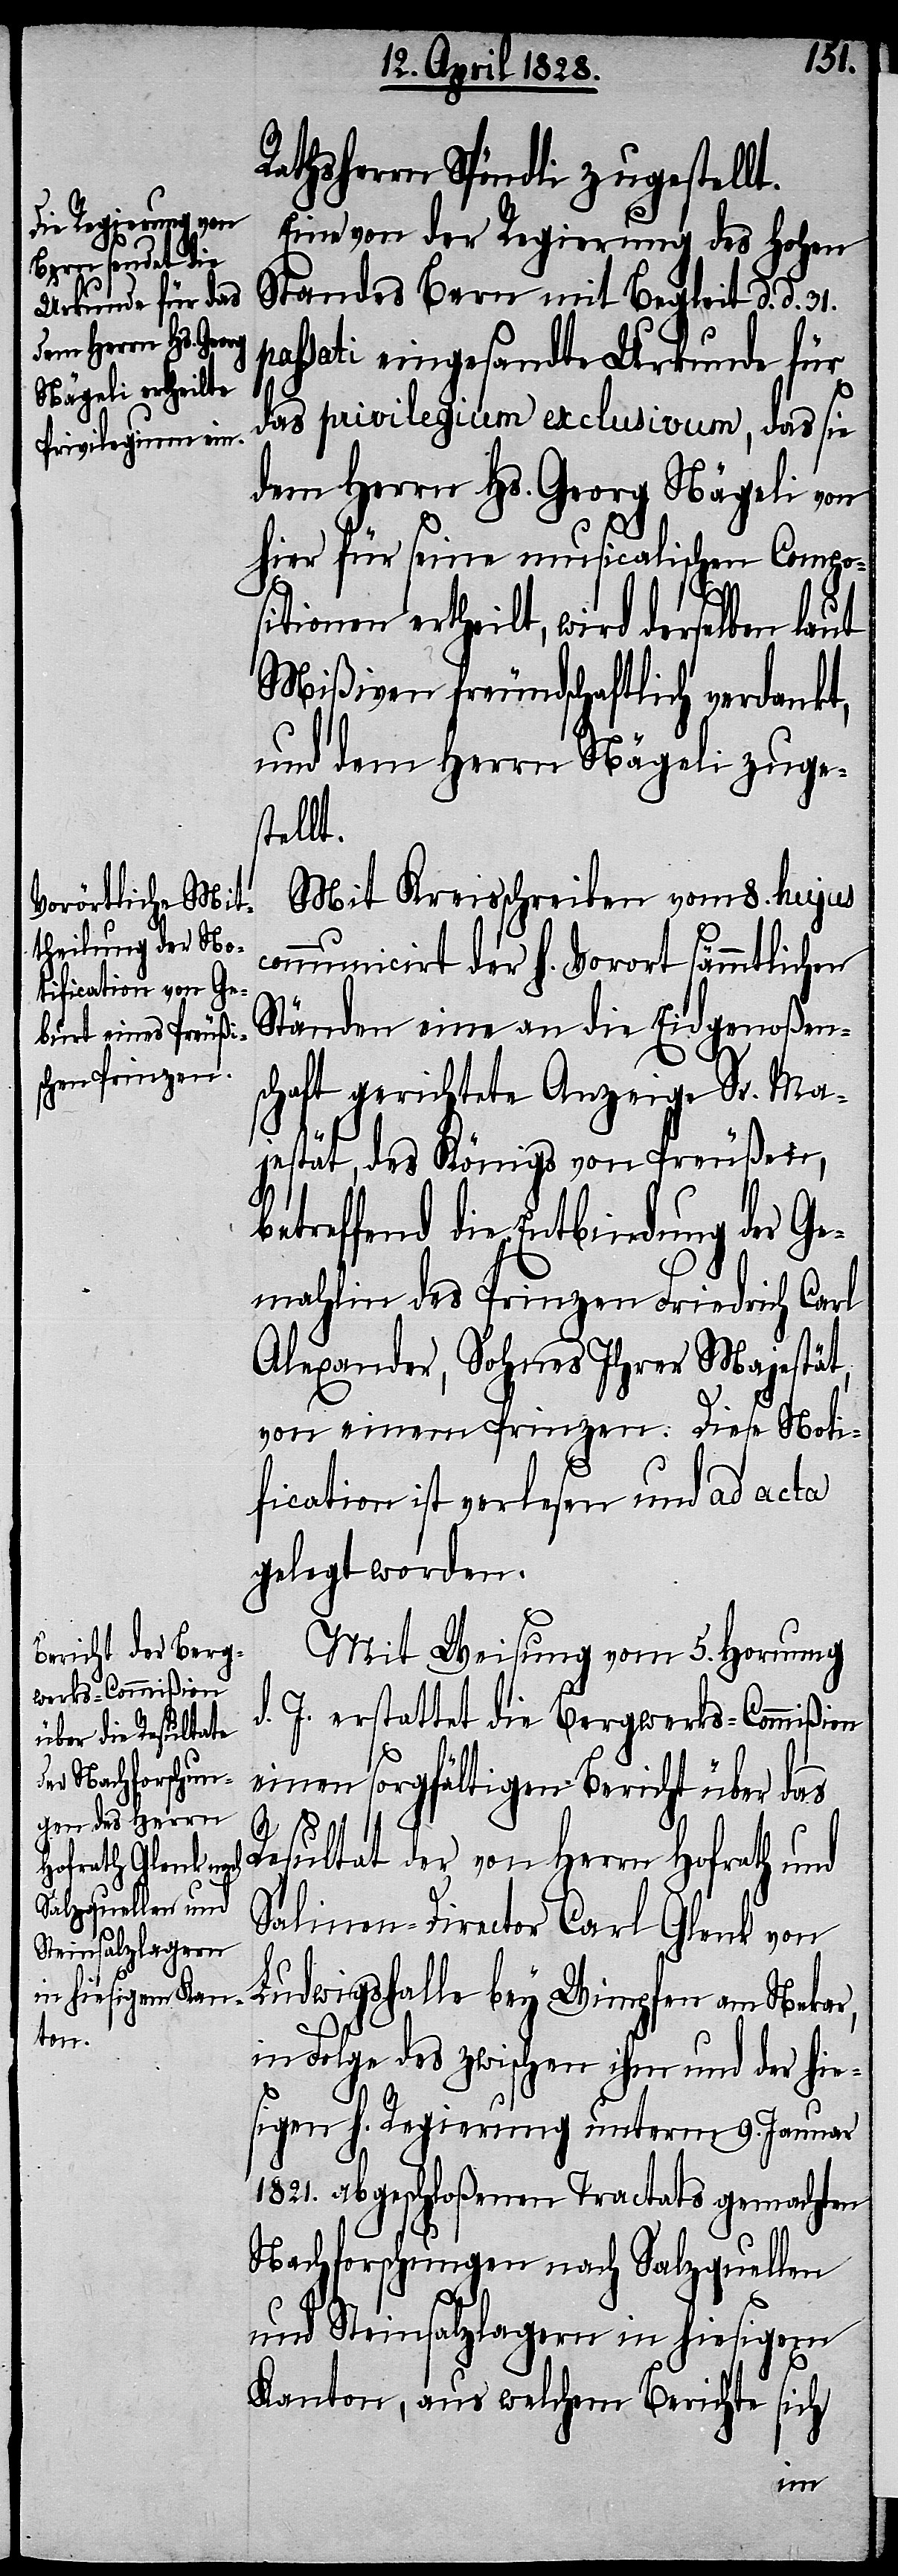
Rathsherrn Spöndli zugestellt.
Eine von der Regierung des Hohen
Standes Bern mit Begleit d. d. 31.
passati eingesandte Urkunde für
das privilegium exclusivum, das sie
dem Herrn Hs. Georg Nägeli von
hier für seine musicalischen Compo¬
sitionen ertheilt, wird derselben
Mißiven freundschaftlich verdankt,
und dem Herrn Nägeli zuges¬
tellt.
Mit Kreisschreiben vom 8. hujus
communicirt der h. Vorort sämmtlichen
Ständen eine an die Eidgenoßens¬
chaft gerichtete Anzeige Sr. Ma¬
jestät, des Königs von Preußen,
betreffend die Entbindung der Ge¬
mahlin des Prinzen Friedrich Carl
Alexander, Sohnes Ihrer Majestät,
von einem Prinzen: Diese Noti¬
fication ist verlesen und ad acta
gelegt worden.
Mit Weisung vom 5. Hornung
d. J. erstattet die Bergwerks-Commißion
einen sorgfältigen Bericht über das
Resultat der von Herrn Hofrath und
Salinen-Director Carl Glenk von
in Folge des zwischen ihm und der hie¬
sigen h. Regierung unterm 9. Januar
1821. abgeschloßenen Tractats gemachten
Nachforschungen nach Salzquellen
und Steinsalzlagern in hiesigem
Kanton, aus welchem Berichte sich
am